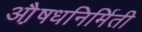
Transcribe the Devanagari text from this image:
औ़़षधनिर्मिती